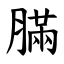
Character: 䐽